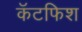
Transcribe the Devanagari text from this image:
कॅटफिश